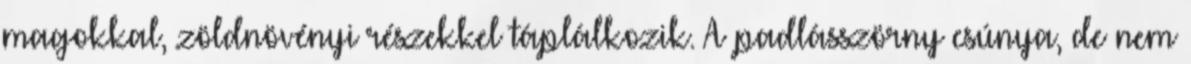
magokkal, zöldnövényi részekkel táplálkozik. A padlásszörny csúnya, de nem